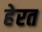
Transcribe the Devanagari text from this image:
हेरत